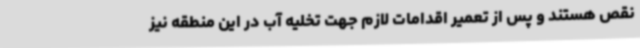
نقص هستند و پس از تعمیر اقدامات لازم‌ جهت تخلیه آب در این منطقه نیز